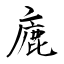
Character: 廘